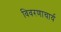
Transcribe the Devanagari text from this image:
विवरणाचार्य